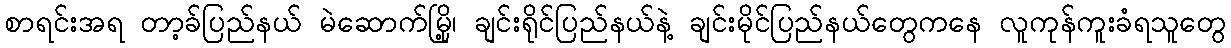
စာရင်းအရ တာ့ခ်ပြည်နယ် မဲဆောက်မြို့၊ ချင်းရိုင်ပြည်နယ်နဲ့ ချင်းမိုင်ပြည်နယ်တွေကနေ လူကုန်ကူးခံရသူတွေ